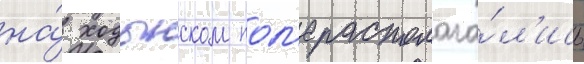
на́ ходынском пол'е располага́л'ись